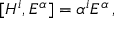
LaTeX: [ H ^ { i } , E ^ { \alpha } ] = \alpha ^ { i } E ^ { \alpha } \, ,